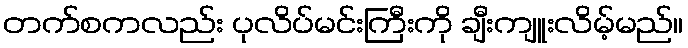
တက်စကလည်း ပုလိပ်မင်းကြီးကို ချီးကျူးလိမ့်မည်။